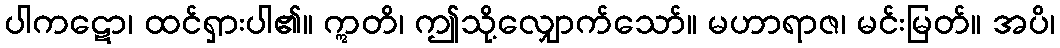
ပါကဋော၊ ထင်ရှားပါ၏။ ဣတိ၊ ဤသို့လျှောက်သော်။ မဟာရာဇ၊ မင်းမြတ်။ အပိ၊